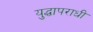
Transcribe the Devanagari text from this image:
युद्धापराधी